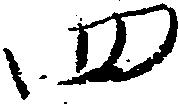
四